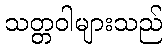
သတ္တဝါများသည်